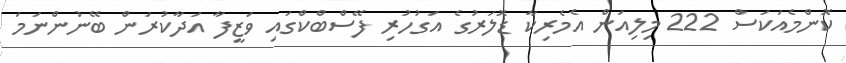
ކޮންމެއަކަސް 222 މިލިއަން އެމެރިކާ ޑޮލަރުގެ އަގުހުރި ފޭސްބްކްގައި ވަޒީފާ އަދާކުރަން ބޭނުންނަމަ